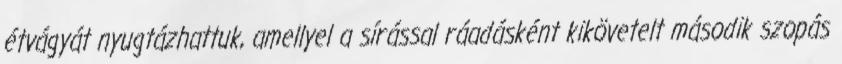
étvágyát nyugtázhattuk, amellyel a sírással ráadásként kikövetelt második szopás